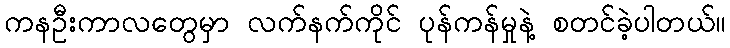
ကနဦးကာလတွေမှာ လက်နက်ကိုင် ပုန်ကန်မှုနဲ့ စတင်ခဲ့ပါတယ်။